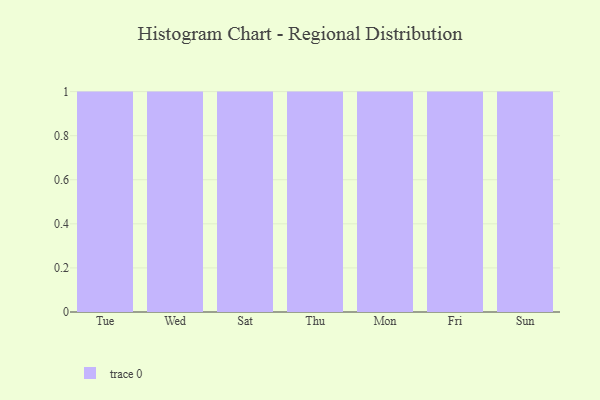
{"axis": {"x": "Day", "y": "Conversion Rate (%)"}, "legend": [""], "data": [{"x": "Tue", "y": 42, "type": ""}, {"x": "Wed", "y": 78, "type": ""}, {"x": "Sat", "y": 42, "type": ""}, {"x": "Thu", "y": 56, "type": ""}, {"x": "Mon", "y": 33, "type": ""}, {"x": "Fri", "y": 38, "type": ""}, {"x": "Sun", "y": 7, "type": ""}]}